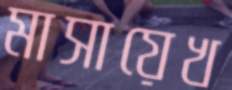
মাসায়েখ